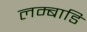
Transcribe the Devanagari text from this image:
लम्बाडि